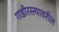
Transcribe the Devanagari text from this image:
गाडीरस्त्यावरील